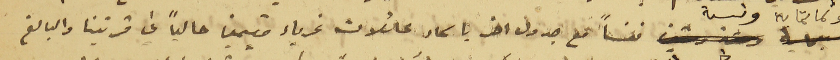
وثمانماية وسة نفساً مع جدول اخر باسماء عائلات غرباء مقيمين حالياً في قريتنا والبالغ